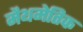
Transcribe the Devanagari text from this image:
मैथमेतिक